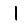
Digit: 1